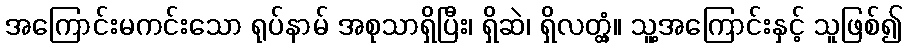
အကြောင်းမကင်းသော ရုပ်နာမ် အစုသာရှိပြီး၊ ရှိဆဲ၊ ရှိလတ္တံ့။ သူ့အကြောင်းနှင့် သူဖြစ်၍